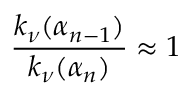
\frac { k _ { \nu } ( \alpha _ { n - 1 } ) } { k _ { \nu } ( \alpha _ { n } ) } \approx 1